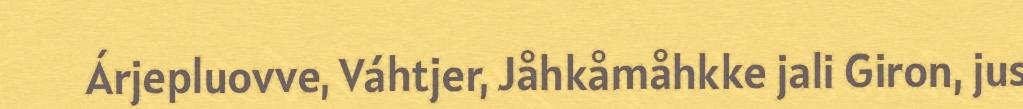
Árjepluovve, Váhtjer, Jåhkåmåhkke jali Giron, jus